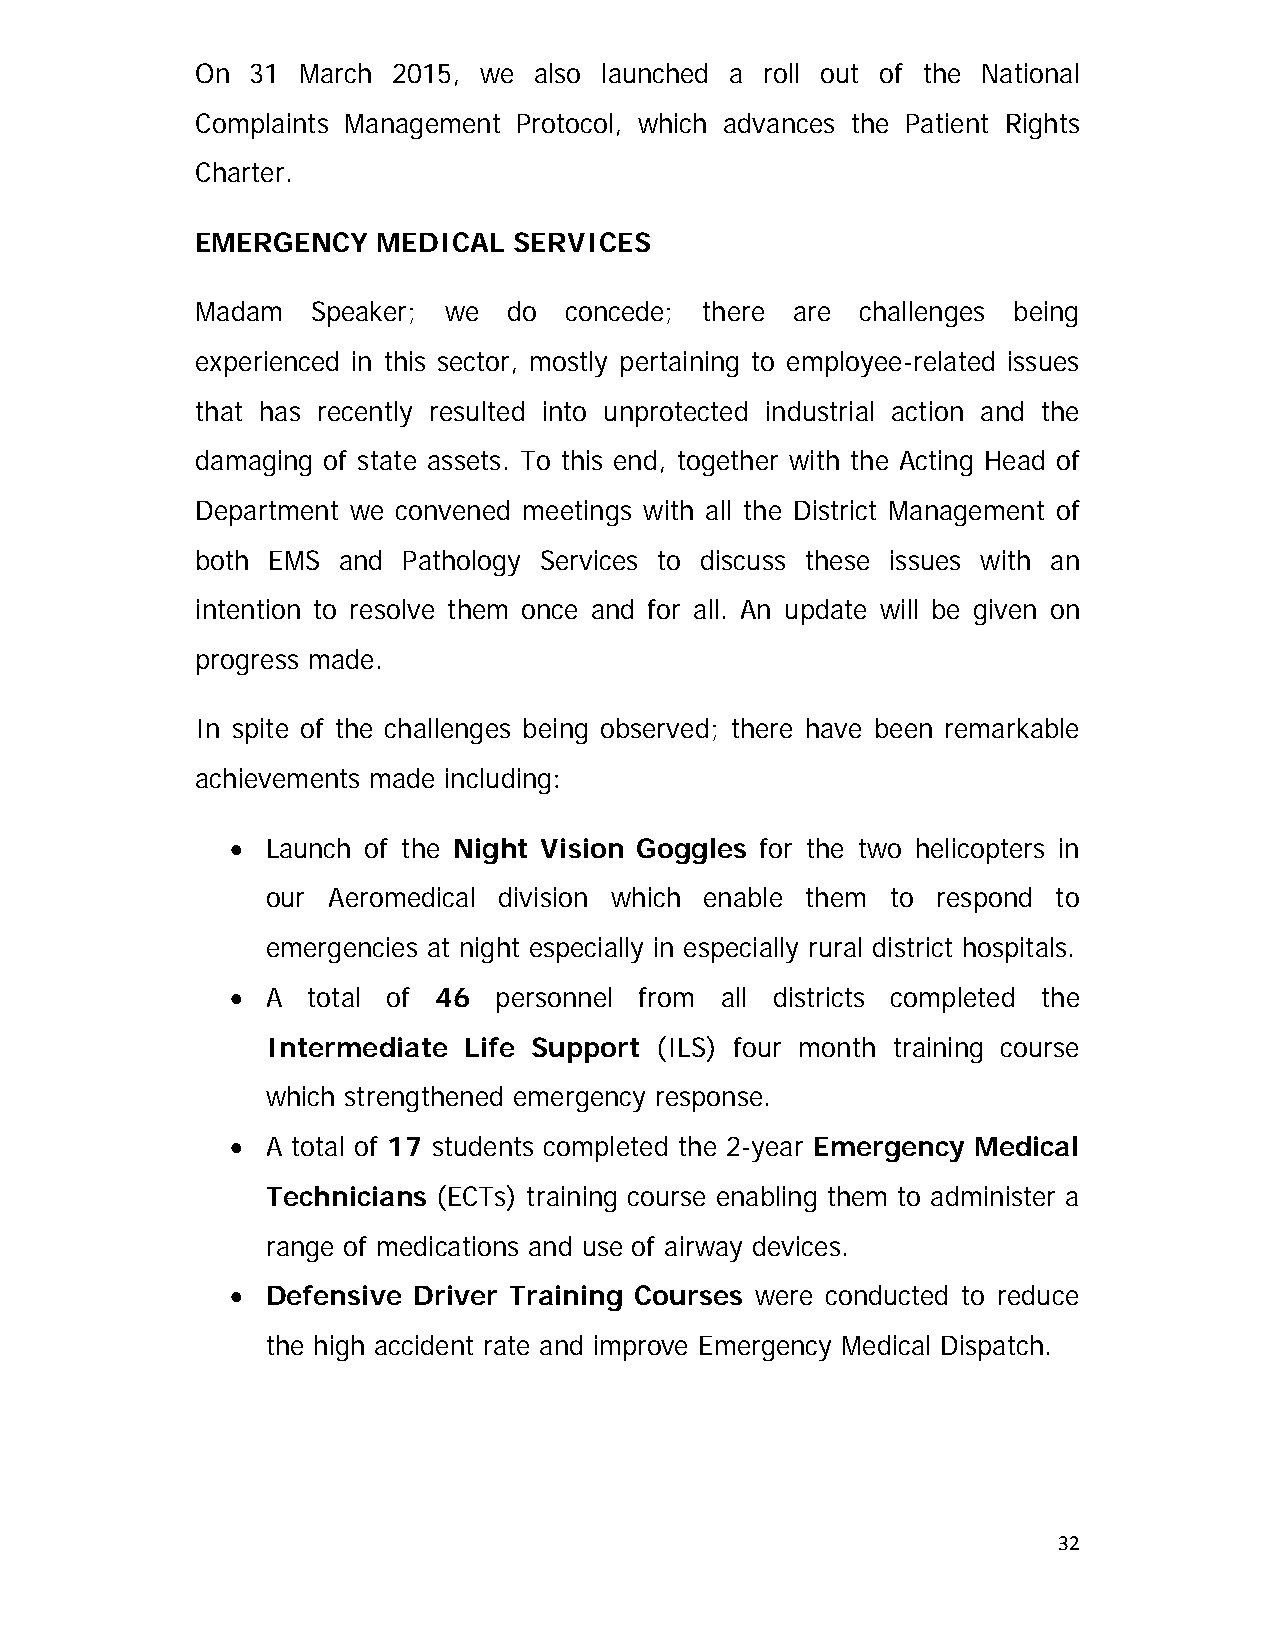
On  31 March 2015, we also launched a roll out of the National
 Complaints Management Protocol, which advances the Patient Rights
 Charter.
 EMERGENCY   MEDICAL  SERVICES
 Madam   Speaker; we  do concede; there are  challenges being
 experienced in this sector, mostly pertaining to employee-related issues
 that has recently resulted into unprotected industrial action and the
 damaging of state assets. To this end, together with the Acting Head of
 Department we convened meetings with all the District Management of
 both EMS and  Pathology Services to discuss these issues with an
 intention to resolve them once and for all. An update will be given on
 progress made.
 In spite of the challenges being observed; there have been remarkable
 achievements made including:
   Launch of the Night Vision Goggles for the two helicopters in
 our Aeromedical division which enable them to respond to
 emergencies at night especially in especially rural district hospitals.
   A total of 46  personnel from all districts completed the
 Intermediate Life Support (ILS) four month training course
 which strengthened emergency response.
   A total of 17 students completed the 2-year Emergency Medical
 Technicians (ECTs) training course enabling them to administer a
 range of medications and use of airway devices.
   Defensive Driver Training Courses were conducted to reduce
 the high accident rate and improve Emergency Medical Dispatch.
 32